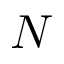
N